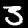
Digit: 3